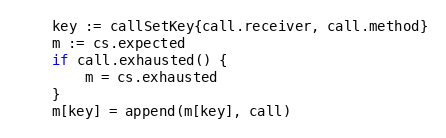
Language: Go
	key := callSetKey{call.receiver, call.method}
	m := cs.expected
	if call.exhausted() {
		m = cs.exhausted
	}
	m[key] = append(m[key], call)